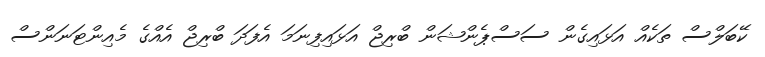
ކޭބަލްސް ތަކެއް އަޅައިގެން ސަސްޕެންޝަން ބްރިޖް އަޅައިފިނަމަ އެފަދަ ބްރިޖް އެއްގެ މެއިންޓަނަންސް